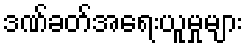
ဒဏ်ခတ်အရေးယူမှုများ